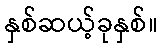
နှစ်ဆယ့်ခုနှစ်။